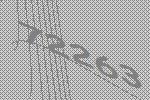
72263